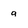
Character: g